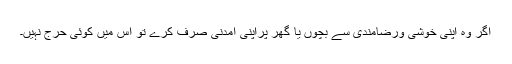
اگر وہ اپنی خوشی ورضامندی سے بچوں یا گھر پراپنی آمدنی صرف کرے تو اس میں کوئی حرج نہیں۔